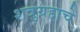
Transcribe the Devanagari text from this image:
शत्रुग्रहाचे